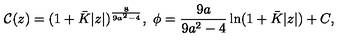
{ \cal C } ( z ) = ( 1 + \bar { K } | z | ) ^ { \frac { 8 } { 9 a ^ { 2 } - 4 } } , \ \phi = { \frac { 9 a } { 9 a ^ { 2 } - 4 } } \ln ( 1 + \bar { K } | z | ) + C ,